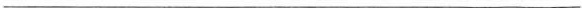
___